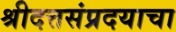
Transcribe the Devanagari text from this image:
श्रीदत्तसंप्रदयाचा